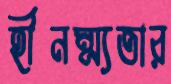
হীনম্ম্যতার